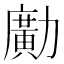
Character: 𠢹